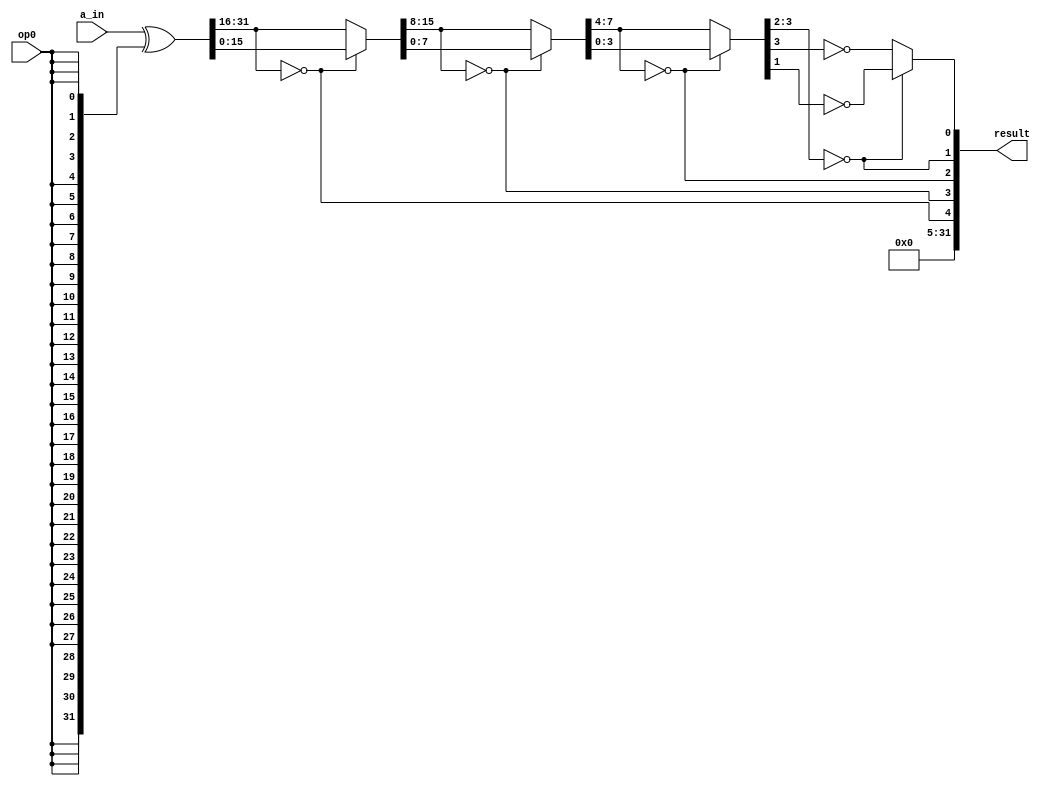
`timescale 1ns / 1ps
//////////////////////////////////////////////////////////////////////////////////
// Company: 
// Engineer: 
// 
// Design Name: 
// Module Name: lz_32
// Project Name: 
// Target Devices: 
// Tool Versions: 
// Description: 
// 
// Dependencies: 
// 
// Revision:
// Revision 0.01 - File Created
// Additional Comments:
// 
//////////////////////////////////////////////////////////////////////////////////


module count_leading_zero(a_in,op0,result);
  input  [31:0] a_in;
  input op0;
  output [31:0] result;
  
  wire [31:0] value;
  wire [15:0] val16;
  wire [7:0] val8;
  wire [3:0] val4;
  assign value = a_in ^ {32{op0}};
  assign result[31:5] = 27'b0;
  assign result[4] = (value[31:16] == 16'b0);
  assign val16     = result[4] ? value[15:0] : value[31:16];
  assign result[3] = (val16[15:8] == 8'b0);
  assign val8      = result[3] ? val16[7:0] : val16[15:8];
  assign result[2] = (val8[7:4] == 4'b0);
  assign val4      = result[2] ? val8[3:0] : val8[7:4];
  assign result[1] = (val4[3:2] == 2'b0);
  assign result[0] = result[1] ? ~val4[1] : ~val4[3];                        
endmodule